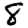
Digit: 8